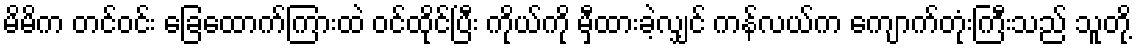
မိမိက တင်ဝင်း ခြေထောက်ကြားထဲ ဝင်ထိုင်ပြီး ကိုယ်ကို မှီထားခဲ့လျှင် ကန်လယ်က ကျောက်တုံးကြီးသည် သူတို့